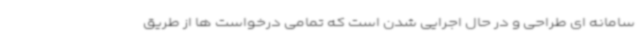
سامانه ای طراحی و در حال اجرایی شدن است که تمامی درخواست ها از طریق